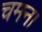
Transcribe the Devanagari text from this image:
चमन।